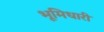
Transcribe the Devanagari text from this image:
भूमिधारी